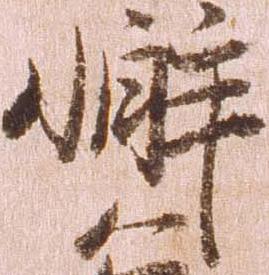
懈